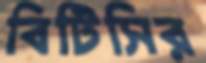
বিটিসির